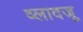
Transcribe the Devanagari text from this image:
व्लादजू